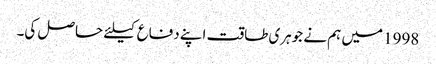
1998 میں ہم نے جوہری طاقت اپنے دفاع کیلئے حاصل کی۔